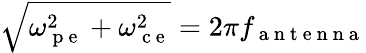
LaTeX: \sqrt{\omega_{\mathrm{~p~e~}}^{2}+\omega_{\mathrm{~c~e~}}^{2}}=2\pi f_{\mathrm{~a~n~t~e~n~n~a~}}